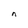
Character: n